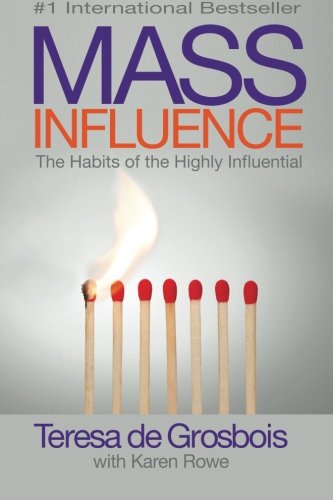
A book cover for Mass Influence - the habits of the highly influential; Teresa de Grosbois; Business & Money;